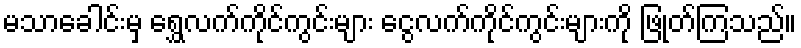
မသာခေါင်းမှ ရွှေလက်ကိုင်ကွင်းများ ငွေလက်ကိုင်ကွင်းများကို ဖြုတ်ကြသည်။